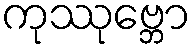
ကုဿုဗ္ဘော